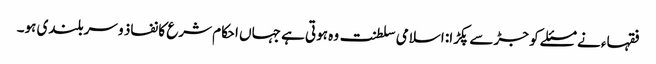
فقہاء نے مسئلے کو جڑ سے پکڑا: اسلامی سلطنت وہ ہوتی ہے جہاں احکام شرع کا نفاذ و سربلندی ہو۔